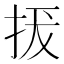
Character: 𢬌